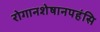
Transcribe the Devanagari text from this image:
रोगानशेषानपहंसि